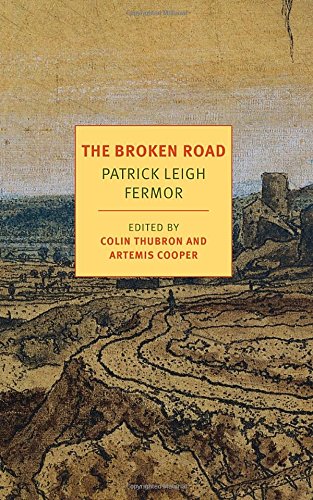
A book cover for The Broken Road: From the Iron Gates to Mount Athos (NYRB Classics); Patrick Leigh Fermor; Travel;